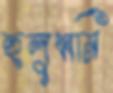
হুলুধ্বনি